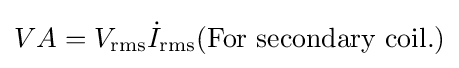
VA=V_{\mathrm {rms} }{\dot {I}}_{\mathrm {rms} }({\text{For secondary coil.}})